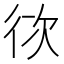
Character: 𭛨